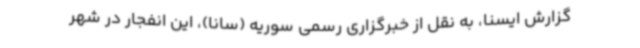
گزارش ایسنا، به نقل از خبرگزاری رسمی سوریه (سانا)، این انفجار در شهر